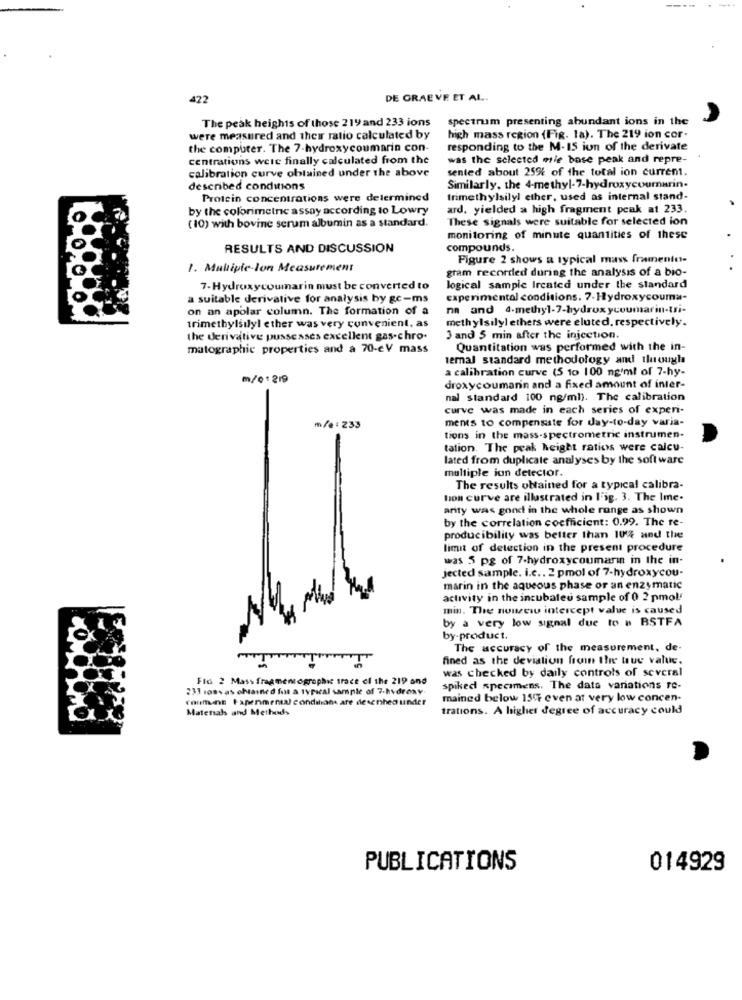
.
422
DE GRAEVE ET AL.
The peak heights of those 219 and 233 ions
spectrum presenting abundant ions in the
were measured and their ratio calculated by
high mass region (Fig. la). The 219 ion cor-
the computer. The 7-hydroxycoumarin con-
responding to the M-15 ion of the derivate
centrations were finally calculated from the
was the selected wie base peak and repre-
calibration curve obtained under the above
sented about 259% of the total ion current.
described conditions
Similarly, the 4-methyl-7-hydroxycoumarin-
Protein concentrations were determined
trimethylsilyl ether, used as internal stand-
by the colorimetric assay according to Lowry
ard. yielded a high fragment peak at 233.
These signals were suitable for selected ion
(10) with bovine serum albumin as a standard.
monitoring of minute quantities of these
RESULTS AND DISCUSSION
compounds.
Figure 2 shows a typical mass framente-
1. Multiple-lon Measurement
gram recorded during the analysis of a bio-
7-Hydroxycoumarin must be converted to
logical sample Ircated under the standard
a suitable derivative for analysis by gc-ms
experimental conditions. 7-Hydroxycouma-
on an apolar column. The formation of a
na and 4-methyl-7-hydroxycoumarin-tri-
methylsily/ ethers were eluted, respectively.
trimethylsilyl ether was very convenient, as
the derivative pussesses excellent gas.chro.
3 and 5 min after the injection.
matographic properties and a 70-eV mass
Quantitation was performed with the in-
lemal standard methodology and through
a calibration curve (5 10 100 ng/ml of 7-hy-
m/01219
droxycoumarin and a fixed amount of inter-
nal standard 100 ng/ml). The calibration
curve was made in each series of experi-
ments to compensate for day-to-day varia-
m/e: 233
tions in the mass-spectrometric instrumen-
tation. The peak height ratios were calcu-
lated from duplicate analyses by the software
multiple ion detector.
The results obtained for a typical calibra-
ton curve are illustrated in Fig. 3. The Ime-
arity was gond in the whole range as shown
by the correlation coefficient: 0.99. The re-
producibility was better than 101% and the
limit of detection in the present procedure
was 5 pg of 7-hydroxycoumarin in the in-
jected sample. i.c .. 2 pmol of 7-hydroxycou-
marin in the aqueous phase or an enzymatic
activity in the incubaleu sample of 0 2 pmol'
min. The nouzew intercept value is caused
by a very low signal due to # BSTFA
by-product.
The accuracy of the measurement, de-
fined as the deviation fromn the true value.
was checked by daily controls of several
Fl6 2 Mass fragmentographic trace ci the 219 and
233 1oswas obtained font a typical sample of 7-hydroxy.
spiked specimens. The data variations re-
count Papenmenia) conditions are desenhed under
mained below 1597 even at very low concen-
Materials and Methods
trations. A higher degree of accuracy could
PUBLICATIONS
014929